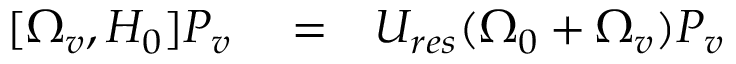
\begin{array} { r l r } { [ \Omega _ { v } , H _ { 0 } ] P _ { v } } & { { } = } & { U _ { r e s } ( \Omega _ { 0 } + \Omega _ { v } ) P _ { v } } \end{array}